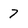
Character: 7